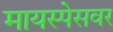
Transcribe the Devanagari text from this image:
मायस्पेसवर